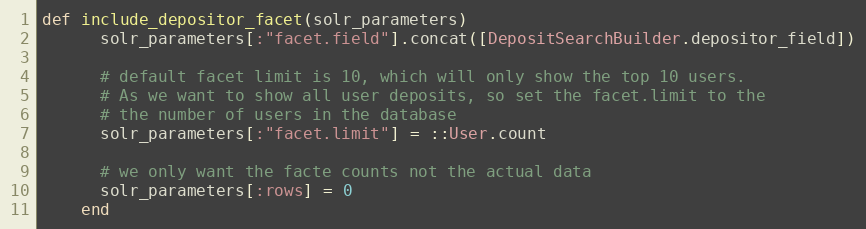
Language: Ruby
def include_depositor_facet(solr_parameters)
      solr_parameters[:"facet.field"].concat([DepositSearchBuilder.depositor_field])

      # default facet limit is 10, which will only show the top 10 users.
      # As we want to show all user deposits, so set the facet.limit to the
      # the number of users in the database
      solr_parameters[:"facet.limit"] = ::User.count

      # we only want the facte counts not the actual data
      solr_parameters[:rows] = 0
    end